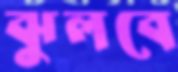
ঝুলবে